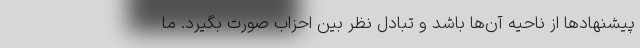
پیشنهادها از ناحیه آن‌ها باشد و تبادل نظر بین احزاب صورت بگیرد. ما